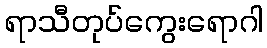
ရာသီတုပ်ကွေးရောဂါ